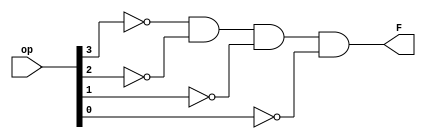
module and_R_type(op,F);
input [3:0] op;
output F;
wire a,b,c,d;

not(a,op[3]);
not(b,op[2]);
not(c,op[1]);
not(d,op[0]);

and(F,a,b,c,d);
endmodule